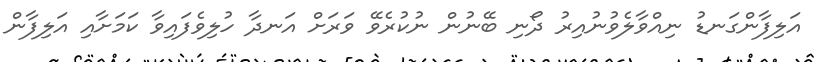
އަލިފާންގަނޑު ނިއްވާލެވުނުއިރު ދޯނި ބޭނުން ނުކުރެވޭ ވަރަށް އަނދާ ހުލިވެފައިވާ ކަމަށާއި އަލިފާން